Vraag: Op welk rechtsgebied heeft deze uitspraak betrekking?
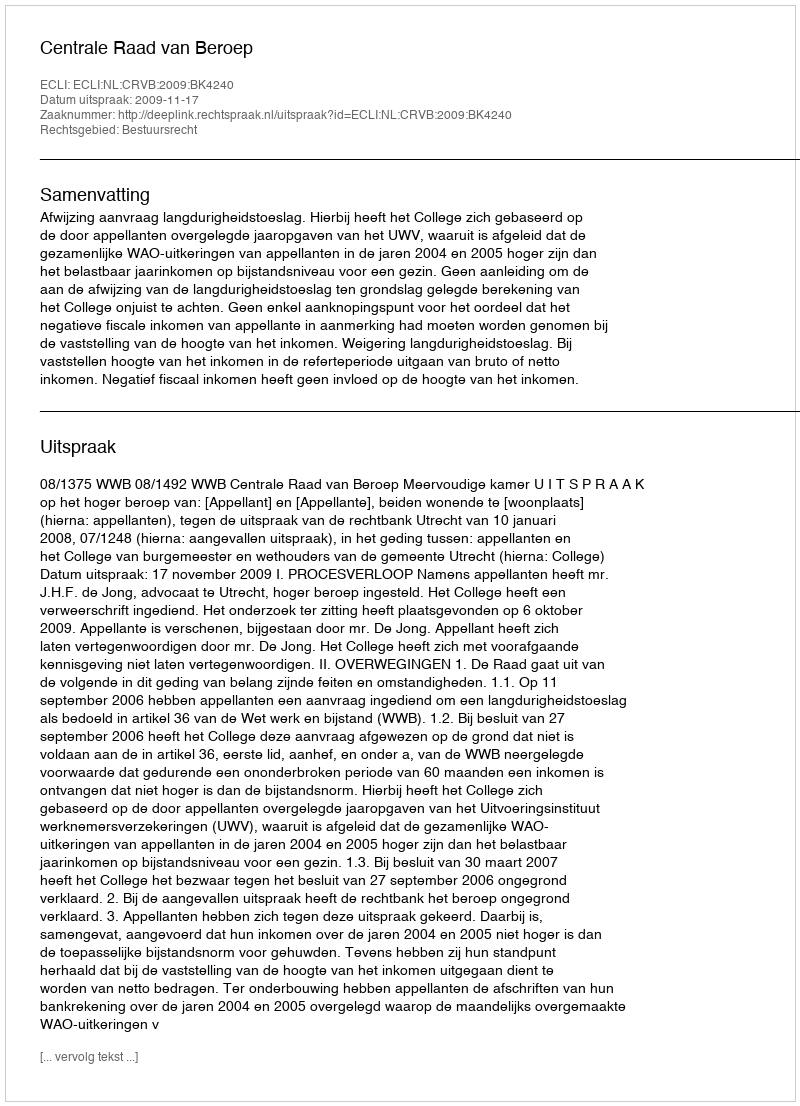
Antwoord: Bestuursrecht